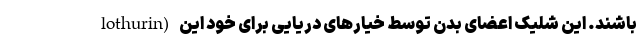
lothurin) باشند. این شلیک اعضای بدن توسط خیارهای دریایی برای خود این